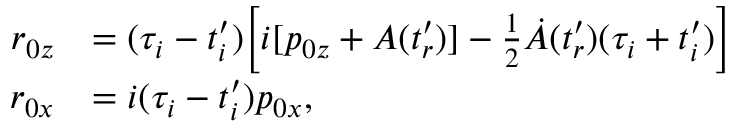
\begin{array} { r l } { r _ { 0 z } } & { = ( \tau _ { i } - t _ { i } ^ { \prime } ) \biggl [ i [ p _ { 0 z } + A ( t _ { r } ^ { \prime } ) ] - \frac { 1 } { 2 } \dot { A } ( t _ { r } ^ { \prime } ) ( \tau _ { i } + t _ { i } ^ { \prime } ) \biggr ] } \\ { r _ { 0 x } } & { = i ( \tau _ { i } - t _ { i } ^ { \prime } ) p _ { 0 x } , } \end{array}